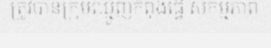
ត្រូវបានក្រុមឈ្មួញកំពុងធ្វើ សកម្មភាព